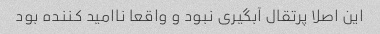
این اصلا پرتقال آبگیری نبود و واقعا ناامید کننده بود